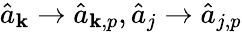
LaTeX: \hat{a}_{{\mathbf k}}\rightarrow\hat{a}_{{\mathbf k},p},\hat{a}_{j}\rightarrow\hat{a}_{j,p}